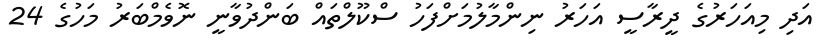
އަދި މިއަހަރުގެ ދީރާސީ އަހަރު ނިންމާލުމަށްފަހު ސްކޫލްތައް ބަންދުވާނީ ނޮވެމްބަރު މަހުގެ 24